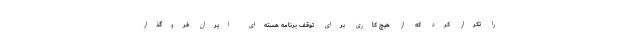
را تکرار کرد که از هیچ کاری برای توقف برنامه هسته‌ای ایران فروگذار